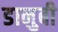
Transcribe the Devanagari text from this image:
डानुबी